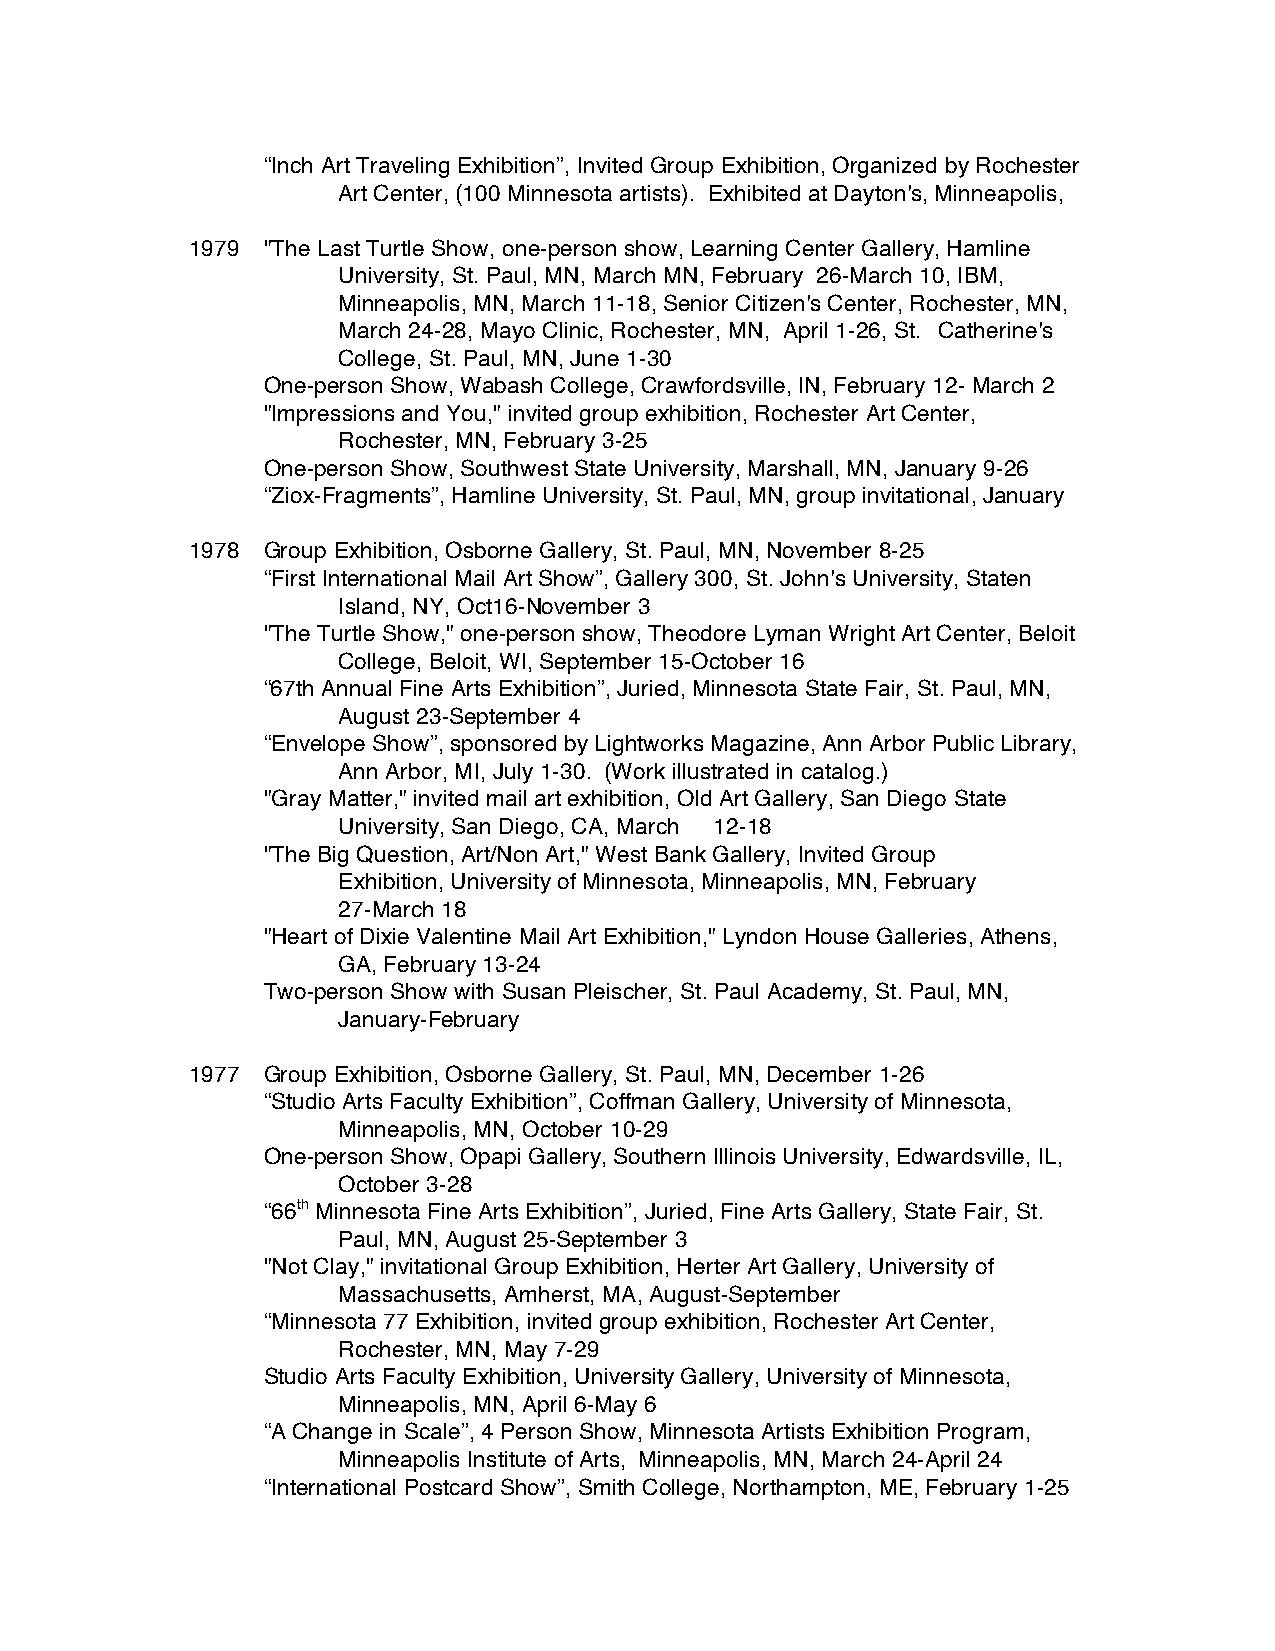
“Inch Art Traveling Exhibition”, Invited Group Exhibition, Organized by Rochester
 Art Center, (100 Minnesota artists). Exhibited at Dayton's, Minneapolis,
 1979 "The Last Turtle Show, one-person show, Learning Center Gallery, Hamline
 University, St. Paul, MN, March MN, February 26-March 10, IBM,
 Minneapolis, MN, March 11-18, Senior Citizen's Center, Rochester, MN,
 March 24-28, Mayo Clinic, Rochester, MN, April 1-26, St. Catherine's
 College, St. Paul, MN, June 1-30
 One-person Show, Wabash College, Crawfordsville, IN, February 12- March 2
 "Impressions and You," invited group exhibition, Rochester Art Center,
 Rochester, MN, February 3-25
 One-person Show, Southwest State University, Marshall, MN, January 9-26
 “Ziox-Fragments”, Hamline University, St. Paul, MN, group invitational, January
 1978 Group Exhibition, Osborne Gallery, St. Paul, MN, November 8-25
 “First International Mail Art Show”, Gallery 300, St. John's University, Staten
 Island, NY, Oct16-November 3
 "The Turtle Show," one-person show, Theodore Lyman Wright Art Center, Beloit
 College, Beloit, WI, September 15-October 16
 “67th Annual Fine Arts Exhibition”, Juried, Minnesota State Fair, St. Paul, MN,
 August 23-September 4
 “Envelope Show”, sponsored by Lightworks Magazine, Ann Arbor Public Library,
 Ann Arbor, MI, July 1-30. (Work illustrated in catalog.)
 "Gray Matter," invited mail art exhibition, Old Art Gallery, San Diego State
 University, San Diego, CA, March 12-18
 "The Big Question, Art/Non Art," West Bank Gallery, Invited Group
 Exhibition, University of Minnesota, Minneapolis, MN, February
 27-March 18
 "Heart of Dixie Valentine Mail Art Exhibition," Lyndon House Galleries, Athens,
 GA, February 13-24
 Two-person Show with Susan Pleischer, St. Paul Academy, St. Paul, MN,
 January-February
 1977 Group Exhibition, Osborne Gallery, St. Paul, MN, December 1-26
 “Studio Arts Faculty Exhibition”, Coffman Gallery, University of Minnesota,
 Minneapolis, MN, October 10-29
 One-person Show, Opapi Gallery, Southern Illinois University, Edwardsville, IL,
 October 3-28
 “66th Minnesota Fine Arts Exhibition”, Juried, Fine Arts Gallery, State Fair, St.
 Paul, MN, August 25-September 3
 "Not Clay," invitational Group Exhibition, Herter Art Gallery, University of
 Massachusetts, Amherst, MA, August-September
 “Minnesota 77 Exhibition, invited group exhibition, Rochester Art Center,
 Rochester, MN, May 7-29
 Studio Arts Faculty Exhibition, University Gallery, University of Minnesota,
 Minneapolis, MN, April 6-May 6
 “A Change in Scale”, 4 Person Show, Minnesota Artists Exhibition Program,
 Minneapolis Institute of Arts, Minneapolis, MN, March 24-April 24
 “International Postcard Show”, Smith College, Northampton, ME, February 1-25